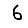
Digit: 6